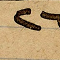
26